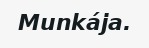
Munkája.